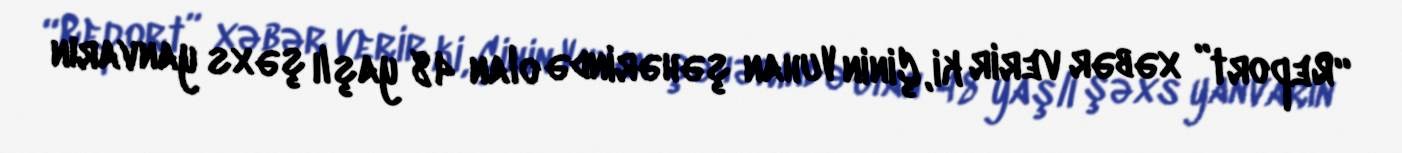
“Report” xəbər verir ki, Çinin Vuhan şəhərində olan 48 yaşlı şəxs yanvarın